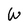
Character: W